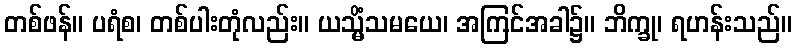
တစ်ဖန်။ ပရံစ၊ တစ်ပါးတုံလည်း။ ယသ္မိံသမယေ၊ အကြင်အခါ၌။ ဘိက္ခု၊ ရဟန်းသည်။